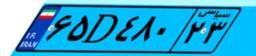
۶۵D۴۸۰۲۳